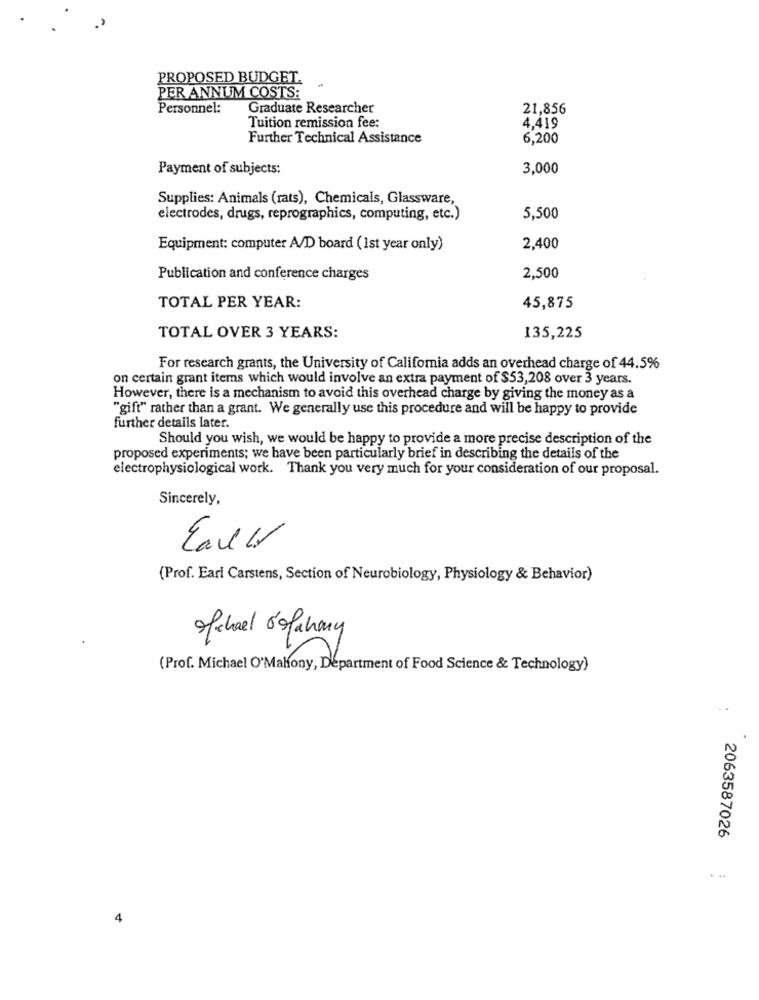
PROPOSED BUDGET.
PER ANNUM COSTS:
Personnel:
Graduate Researcher
21,856
Tuition remission fee:
4.419
Further Technical Assistance
6,200
Payment of subjects:
3,000
Supplies: Animals (rats), Chemicals, Glassware,
electrodes, drugs, reprographics, computing, etc.)
5,500
Equipment: computer A/D board (1st year only)
2,400
Publication and conference charges
2,500
TOTAL PER YEAR:
45,875
TOTAL OVER 3 YEARS:
135,225
For research grants, the University of California adds an overhead charge of 44.5%
on certain grant items which would involve an extra payment of $53,208 over 3 years.
However, there is a mechanism to avoid this overhead charge by giving the money as a
"gift" rather than a grant. We generally use this procedure and will be happy to provide
further details later.
Should you wish, we would be happy to provide a more precise description of the
proposed experiments; we have been particularly brief in describing the details of the
electrophysiological work. Thank you very much for your consideration of our proposal.
Sincerely,
Call
(Prof. Earl Carstens, Section of Neurobiology, Physiology & Behavior)
Michael sofahay
(Prof. Michael O'Malony, Department of Food Science & Technology)
2063587026
4